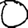
Digit: 0